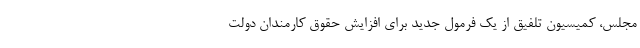
مجلس، کمیسیون تلفیق از یک فرمول جدید برای افزایش حقوق کارمندان دولت